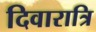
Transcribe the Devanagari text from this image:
दिवारात्रि